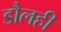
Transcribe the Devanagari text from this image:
डौलही